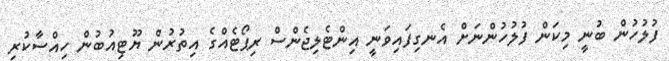
ފުލުހުން ބުނީ މިކަން ފުުލުހުންނަށް އެނގިފައިވަނީ އިންޓެލިޖެންސް ރިޕޯޓެއްގެ އިތުރުން ޔޫޓިއުބުން ހިއްސާކުރި